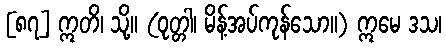
[၈၇] ဣတိ၊ သို့။ (ဝုတ္တါ၊ မိန့်အပ်ကုန်သော။) ဣမေ ဒသ၊